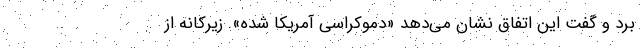
برد و گفت این اتفاق نشان می‌دهد «دموکراسی آمریکا شده». زیرکانه از